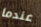
عندما